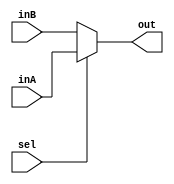
`timescale 1ns / 1ps
//////////////////////////////////////////////////////////////////////////////////
// Company: 
// Engineer: 
// 
// Design Name: 
// Module Name: Mux1Bit2To1
// Project Name: 
// Target Devices: 
// Tool Versions: 
// Description: 
// 
// Dependencies: 
// 
// Revision:
// Revision 0.01 - File Created
// Additional Comments:
// 
//////////////////////////////////////////////////////////////////////////////////


module Mux1Bit2To1(out, inA, inB, sel);

    input inA, inB, sel;
    output out;
    
    assign out = (sel == 1) ? inA:inB;

endmodule